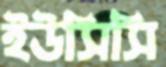
ইউসিসি